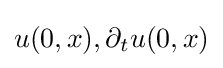
u(0,x),\partial _{t}u(0,x)